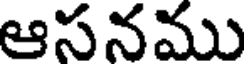
ఆసనము